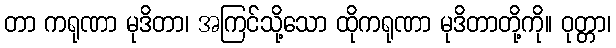
တာ ကရုဏာ မုဒိတာ၊ အကြင်သို့သော ထိုကရုဏာ မုဒိတာတို့ကို။ ဝုတ္တာ၊